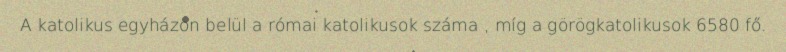
A katolikus egyházon belül a római katolikusok száma , míg a görögkatolikusok 6580 fő.